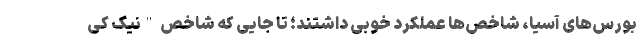
بورس‌های آسیا، شاخص‌ها عملکرد خوبی داشتند؛ تا جایی که شاخص "نیک کی